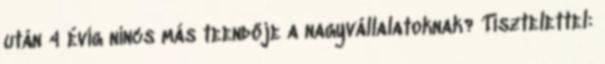
után 4 évig nincs más teendője a nagyvállalatoknak? Tisztelettel: